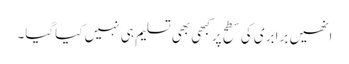
انھیں برابری کی سطح پرکبھی بھی تسلیم ہی نہیں کیاگیا۔